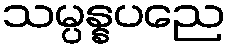
သမ္ပန္နပညေ